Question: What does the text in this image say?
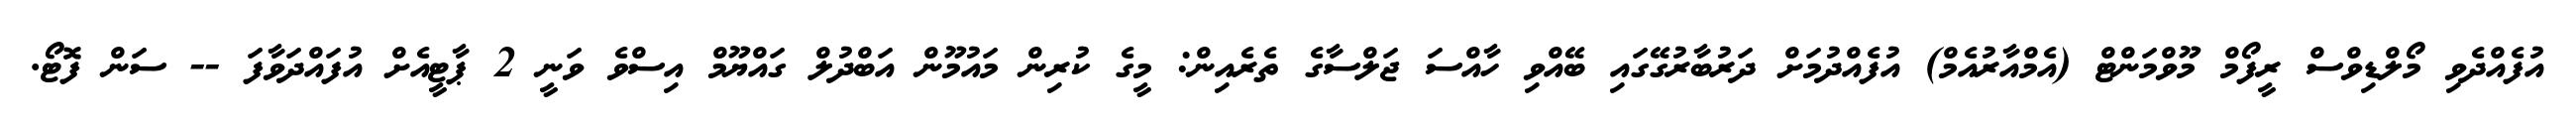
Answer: އުފެއްދެވި މޯލްޑިވްސް ރީފޯމް މޫވްމަންޓް (އެމްއާރުއެމް) އުފެއްދުމަށް ދަރުބާރުގޭގައި ބޭއްވި ހާއްސަ ޖަލްސާގެ ތެރެއިން: މީގެ ކުރިން މައުމޫން އަބްދުލް ގައްޔޫމް އިސްވެ ވަނީ 2 ޕާޓީއެށް އުފައްދަވާފަ -- ސަން ފޮޓޯ.